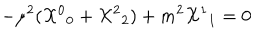
LaTeX: - \mu ^ { 2 } ( { { \cal X } ^ { 0 } } _ { 0 } + { { \cal X } ^ { 2 } } _ { 2 } ) + m ^ { 2 } { { \cal X } ^ { 1 } } _ { 1 } = 0